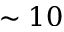
\sim 1 0